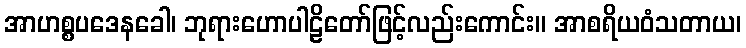
အာဟစ္စပဒေနခေါ၊ ဘုရားဟောပါဠိတော်ဖြင့်လည်းကောင်း။ အာစရိယဝံသတာယ၊